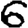
Digit: 6